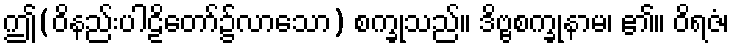
ဤ(ဝိနည်းပါဠိတော်၌လာသော) စက္ခုသည်။ ဒိဗ္ဗစက္ခုနာမ၊ ၏။ ဝိရဇံ၊